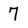
Character: 7